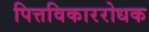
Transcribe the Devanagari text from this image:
पित्तविकाररोधक